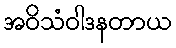
အဝိသံဝါဒနတာယ